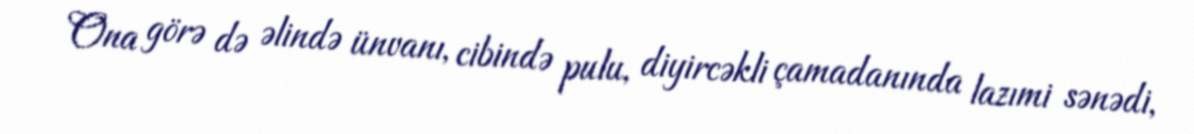
Ona görə də əlində ünvanı, cibində pulu, diyircəkli çamadanında lazımi sənədi,